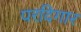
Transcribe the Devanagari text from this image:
परदिगार